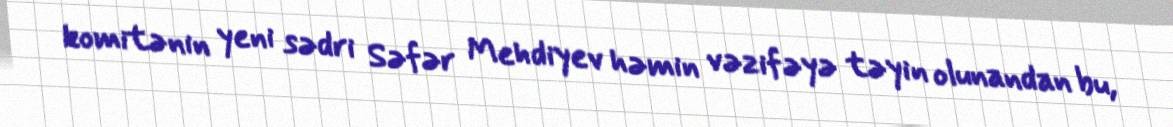
komitənin yeni sədri Səfər Mehdiyev həmin vəzifəyə təyin olunandan bu,